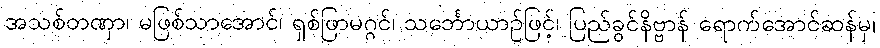
အသစ်တဏှာ၊ မဖြစ်သာအောင်၊ ရှစ်ဖြာမဂ္ဂင်၊ သင်္ဘောယာဉ်ဖြင့်၊ ပြည်ခွင်နိဗ္ဗာန် ရောက်အောင်ဆန်မှ၊